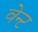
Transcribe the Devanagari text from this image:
वेन्ट